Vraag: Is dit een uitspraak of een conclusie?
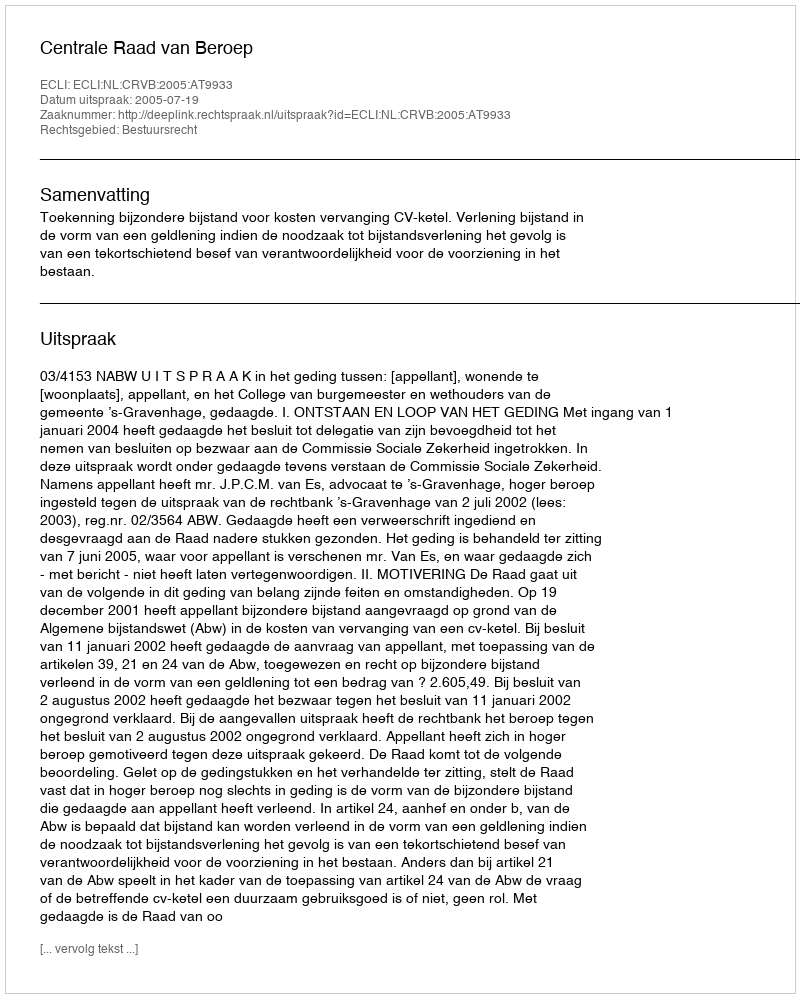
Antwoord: Uitspraak